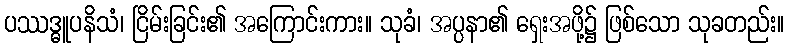
ပဿဒ္ဓူပနိသံ၊ ငြိမ်းခြင်း၏ အကြောင်းကား။ သုခံ၊ အပ္ပနာ၏ ရှေးအဖို့၌ ဖြစ်သော သုခတည်း။